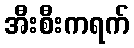
အီးစီးကရက်